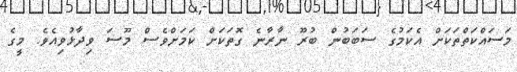
މަސައްކަތްތަކަށް އެކަމުގެ ސަބަބުން ބުރޫ ނާރާނެ ގޮތަކަށް ކަމަށްވެސް މޫސަ ވިދާޅުވިއެވެ. މީގެ